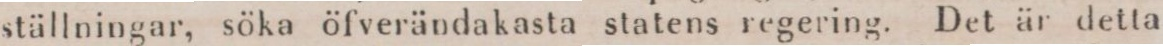
ställningar, söka öfverändakasta statens regering. Det är detta